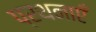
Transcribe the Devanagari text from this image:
प्रथनाएँ